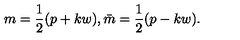
m = \frac { 1 } { 2 } ( p + k w ) , \bar { m } = \frac { 1 } { 2 } ( p - k w ) .